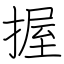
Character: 握